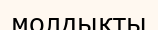
молдықты